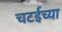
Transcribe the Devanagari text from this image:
चटईच्या